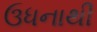
ઉધનાથી